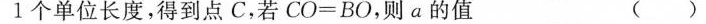
1个单位长度，得到点C，若$$C O = B O$$，则a的值 ( )